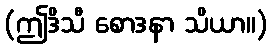
(ဤဒိသီ စောဒနာ သိယာ။)